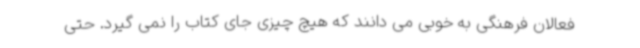
فعالان فرهنگی به خوبی می دانند که هیچ چیزی جای کتاب را نمی گیرد. حتی